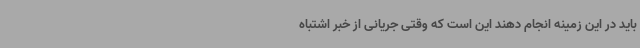
باید در این زمینه انجام دهند این است که وقتی جریانی از خبر اشتباه